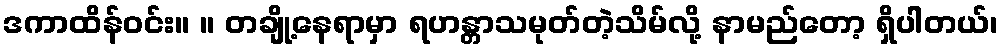
ဒကာထိန်ဝင်း။ ။ တချို့နေရာမှာ ရဟန္တာသမုတ်တဲ့သိမ်လို့ နာမည်တော့ ရှိပါတယ်၊